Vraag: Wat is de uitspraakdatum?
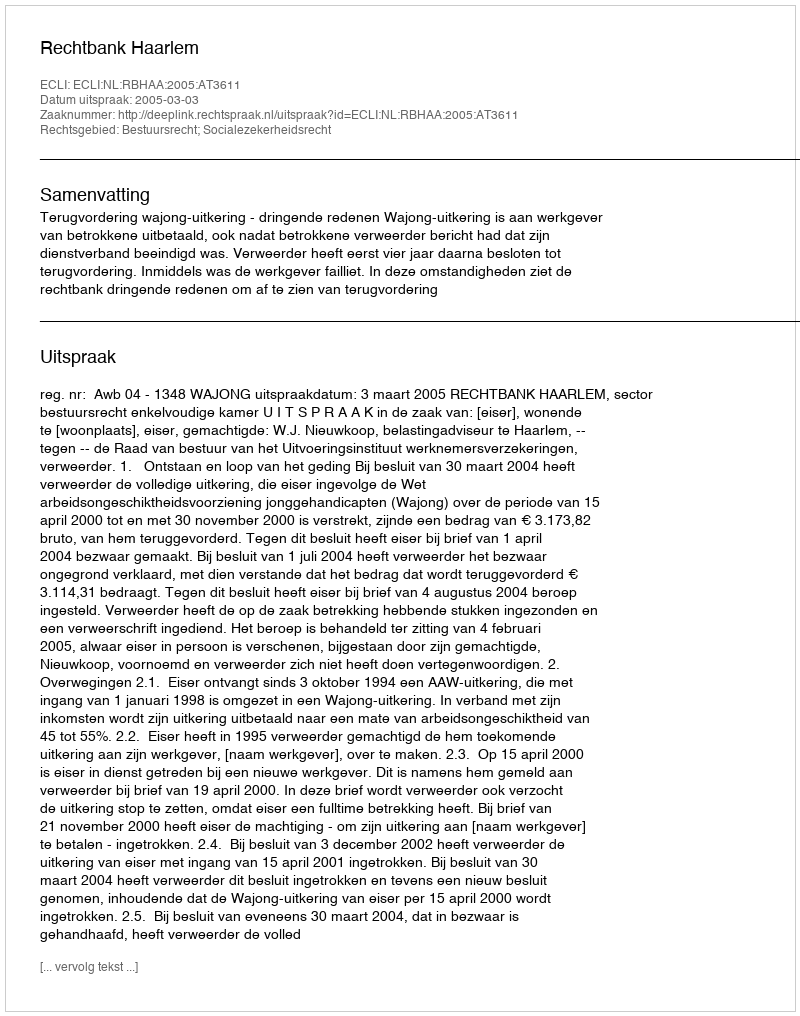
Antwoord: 2005-03-03